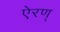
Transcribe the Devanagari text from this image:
ऐरण्